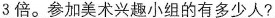
3倍。参加美术兴趣小组的有多少人?